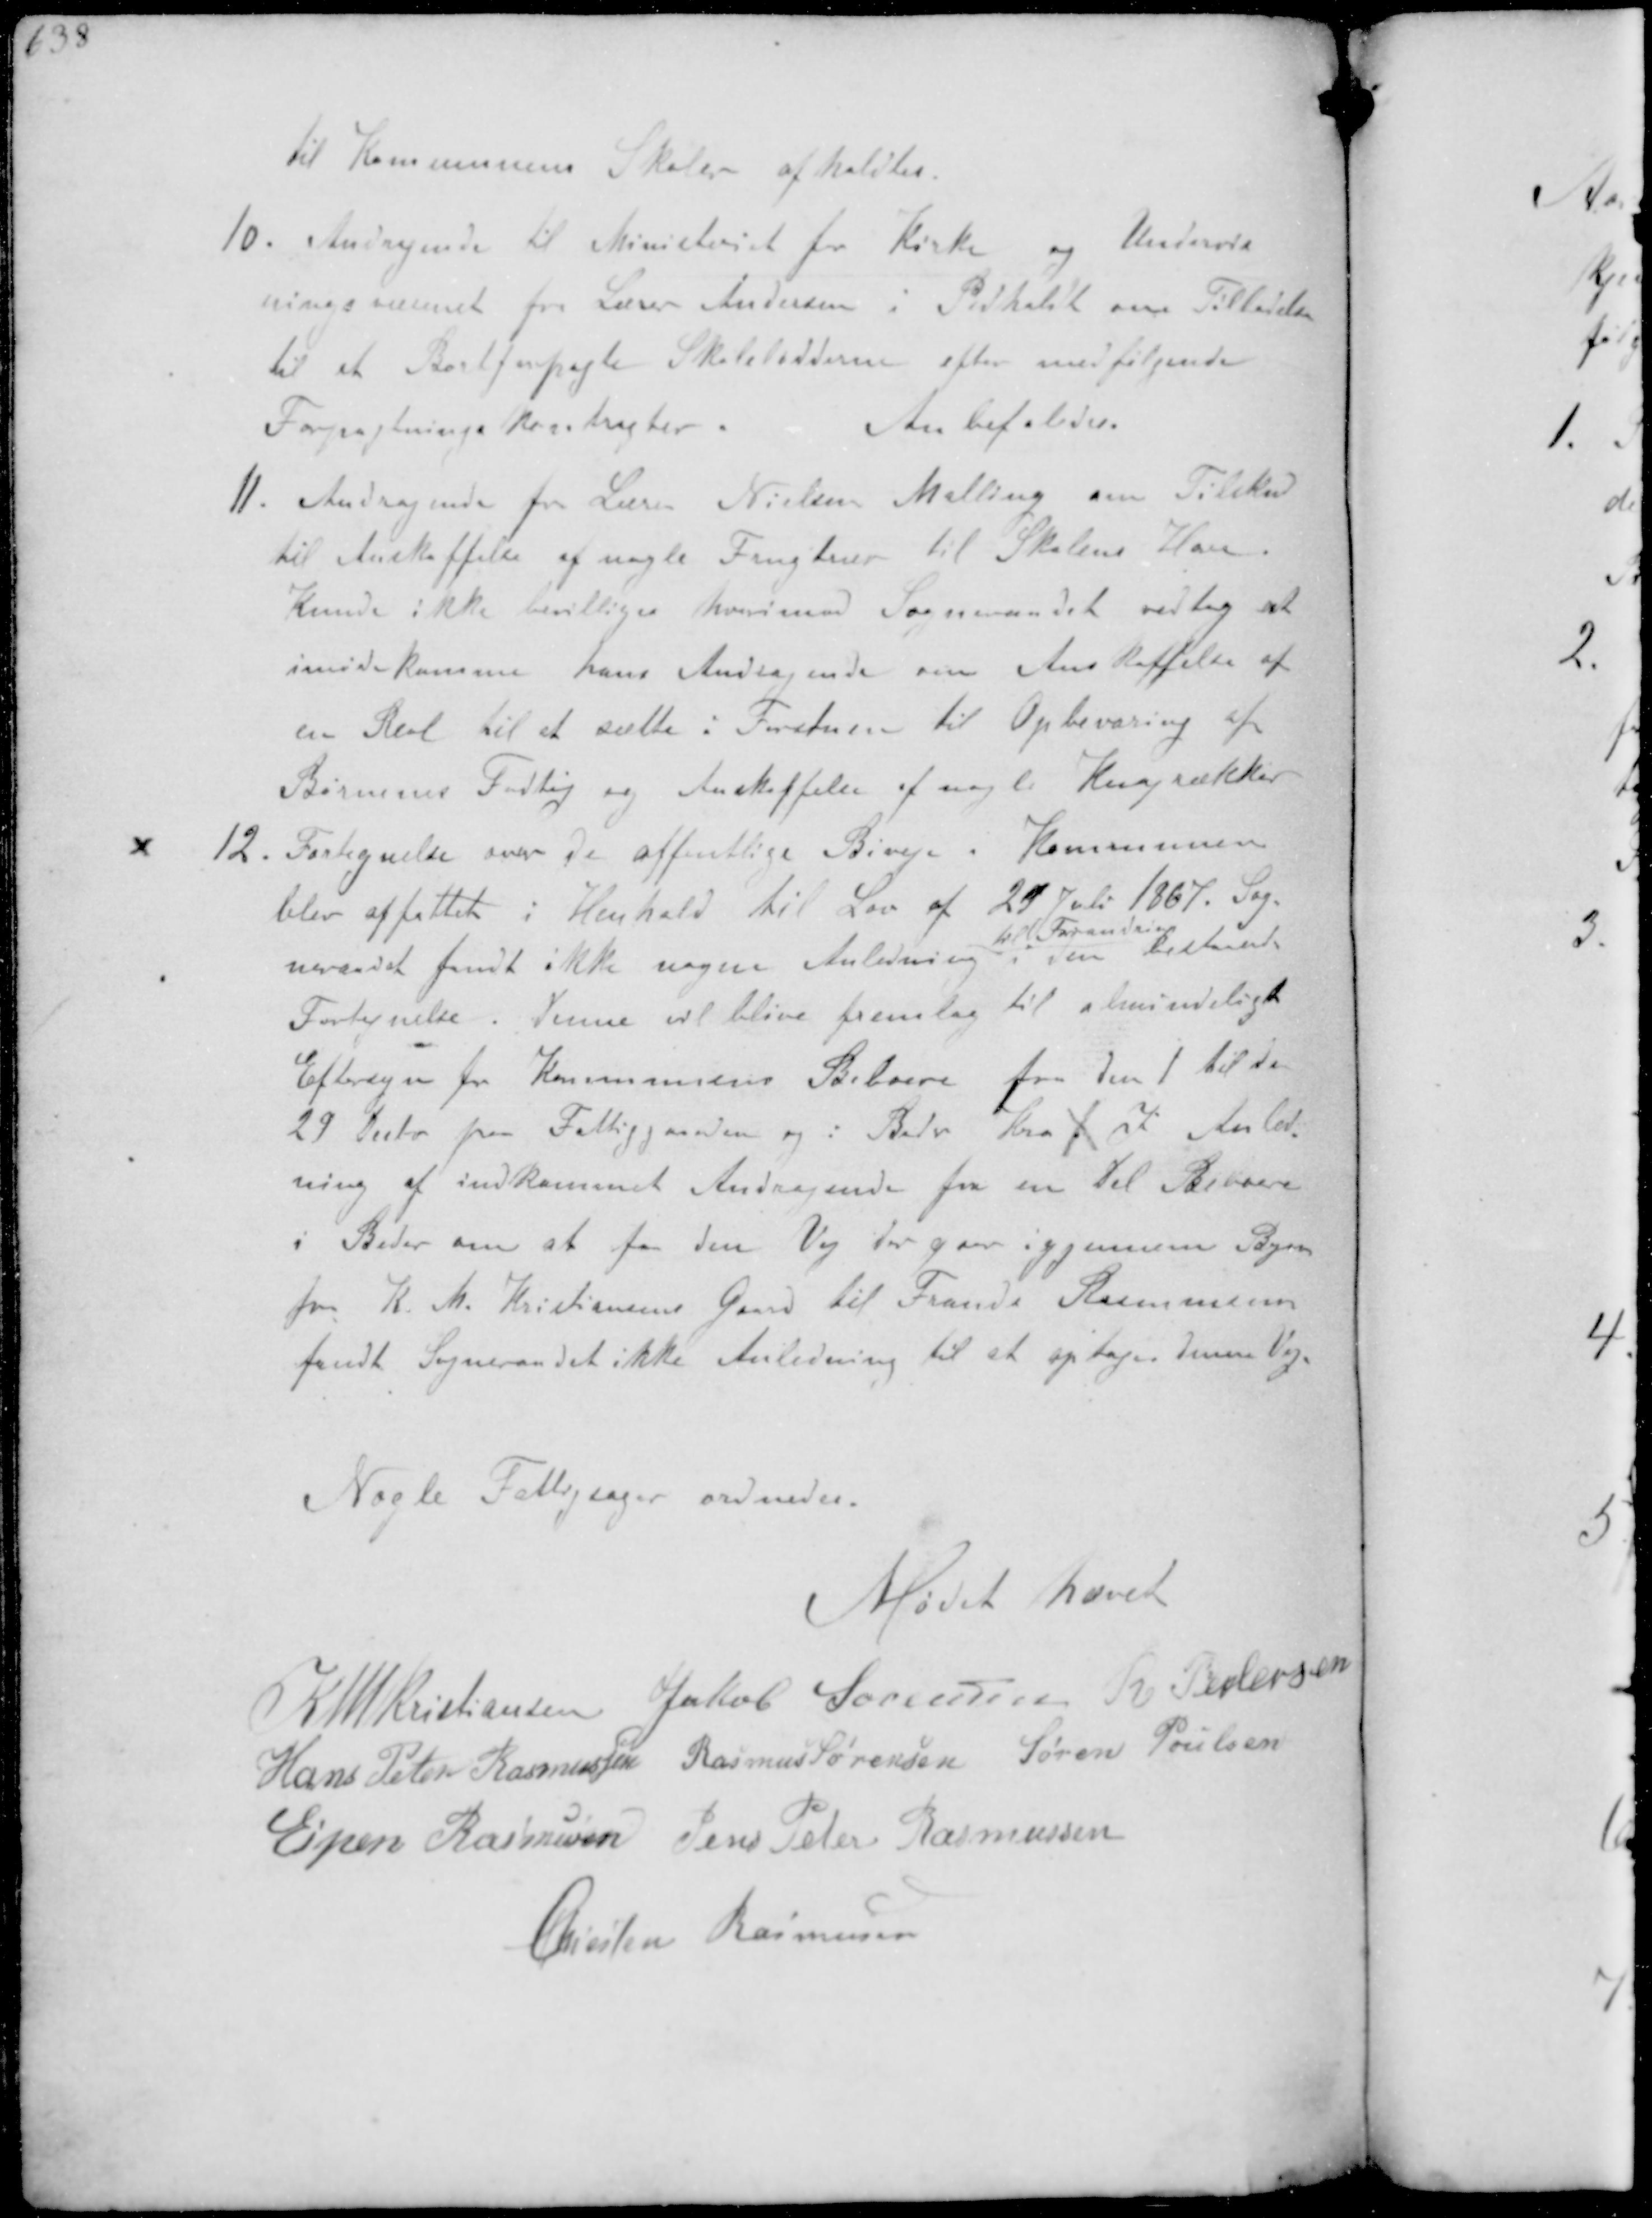
Transskription:
til Kommunens Skoler afholdtes
10. Andragende til Ministeriet for Kirke og Undervis-
ningsvæsenet for Lærer Andersen i Pedholdt om Tilladelse
til et Bortforpagte Skolelodderne efter medfølgende
Forpagtnings kontragter
Anbefaledes.
11. Andragende fra Lærer Nielsen Malling om Tilskud
til Anskaffelse af nogle Frugttræer til Skolens Have
kunde ikke bevilliges hvorimod Sogneraadet vedtog at
imødekomme hans Andragende om Anskaffelse af
en Reol til at sætte i Forstuen til Opbevaring af
Børnenes Fodtøj og Anskaffelse af nogle Knagrækker
12. Fortegnelse over de offentlige Biveje i Kommunen
blev affattet i Henhold til Lov af 29 Juli 1867. Sog-
neraadet fandt ikke nogen Anledning 
til Forandring
i den bestaaende
Fortegnelse. Denne vil blive fremlag til almindeligt
Eftersyn for Kommunens Beboere fra den 1 til den
29 Decbr paa Fattiggaarden og i Beder Kro f I Anled-
ning af indkommet Andragende fra en del Beboere
i Beder om at faa den Vej der gaar igjennem Byen
fra K. M. Kristiansens Gaard til Frands Rasmussens
fandt Sogneraadet ikke Anledning til at optage denne Vej

Nogle Fattigsager ordnedes.

Mødet hævet

K N M Kristiansen Jakob Sørensen R Pedersen
Hans Peter Rasmussen Rasmus Sørensen Søren Poulsen
Espen Rasmussen Jens Peter Rasmussen
Christen Rasmussen